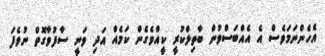
އެހެންނަމަވެސް އެ އެއްބަސްވުން ބާތިލްކުރީ ކީއްވެގެން ކަމެއް އަދި ވަނީ ސާފުވާގޮތް ނުވެފަ